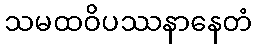
သမထဝိပဿနာနေတံ